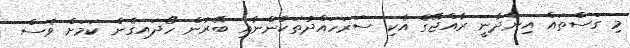
މި ގަސްތައް އިންދާނީ ރާއްޖޭގެ އެކި ސަރަހައްދުތަކުންނާއި ބޭރުން ހޯދައިގެން ކަމަށް ވެސް